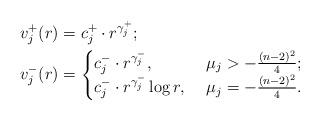
LaTeX: \begin{align*} v_j^+(r) & = c_j^+\cdot r^{\gamma_j^+}; \\ v_j^-(r) & = \begin{cases} c_j^- \cdot r^{\gamma_j^-}, & \ \mu_j > -\frac{(n-2)^2}{4}; \\ c_j^- \cdot r^{\gamma_j^-}\log r, & \ \mu_j = -\frac{(n-2)^2}{4}. \end{cases} \end{align*}